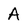
Character: A